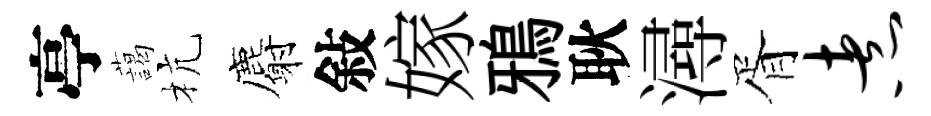
亭藹杭麝敍嫁鴉耿潯胥煮